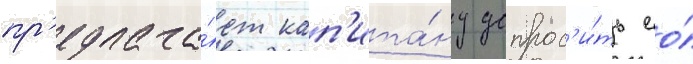
пр'едлага́ет кап'ита́ну допрос'и́ть ео́